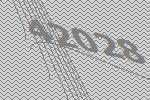
42028